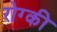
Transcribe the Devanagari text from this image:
रोग्की